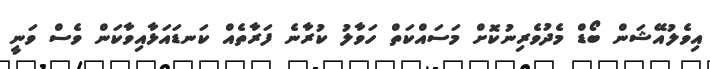
އިވެލުއޭޝަން ބޯޑް މެދުވެރިނުކޮށް މަސައްކަތް ހަވާލު ކުރާނެ ފަރާތެއް ކަނޑައަޅާއިވާކަން ވެސް ވަނީ